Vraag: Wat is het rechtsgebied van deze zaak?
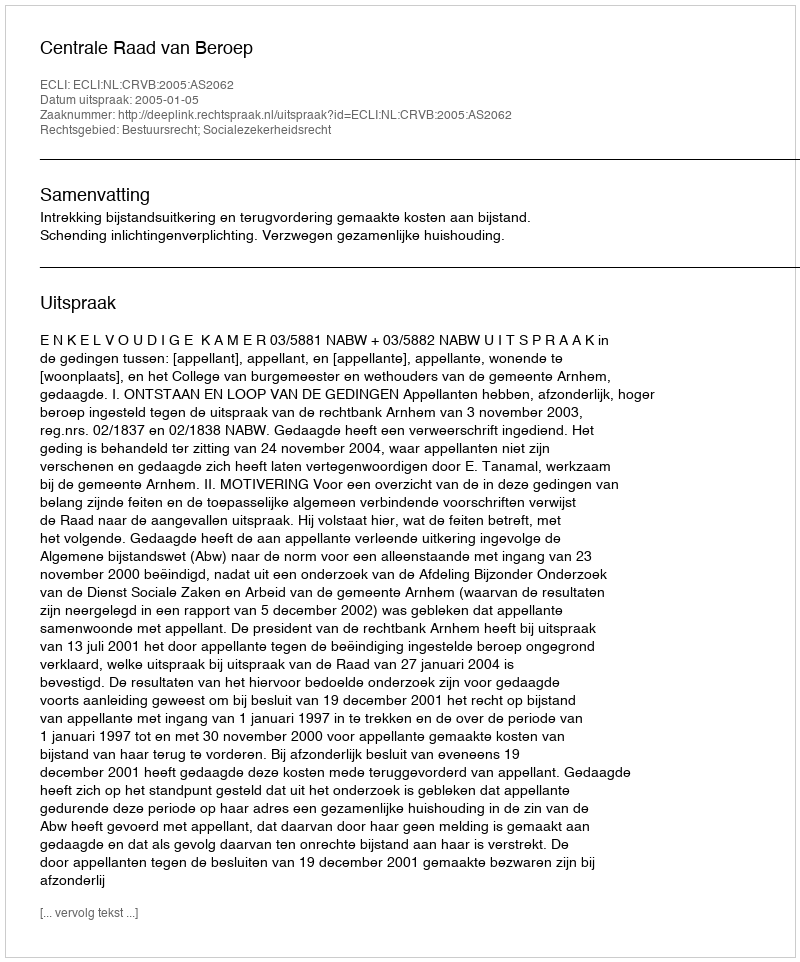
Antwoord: Bestuursrecht; Socialezekerheidsrecht